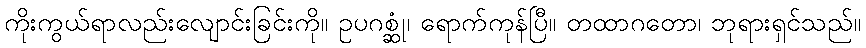
ကိုးကွယ်ရာလည်းလျောင်းခြင်းကို။ ဥပဂစ္ဆုံ၊ ရောက်ကုန်ပြီ။ တထာဂတော၊ ဘုရားရှင်သည်။